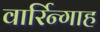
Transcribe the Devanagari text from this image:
वार्रिन्गाह